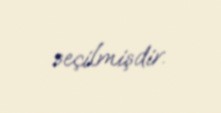
seçilmişdir.